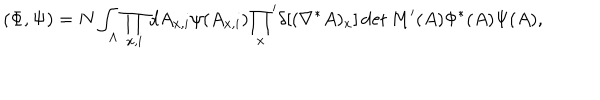
LaTeX: ( \Phi , \Psi ) = N \int _ { \Lambda } \prod _ { x , i } d A _ { x , i } \psi ( A _ { x , i } ) { \prod _ { x } } ^ { \prime } \delta [ ( \nabla ^ { * } A ) _ { x } ] \det M ^ { \prime } ( A ) \Phi ^ { * } ( A ) \Psi ( A ) ,